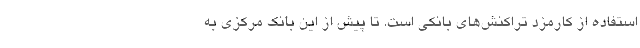
استفاده از کارمزد تراکنش‌های بانکی است. تا پیش از این بانک مرکزی به